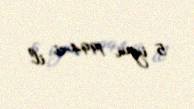
5 iyun 1994-ci il